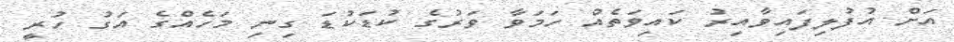
އަށް އުފުލިފައިވާއިރު ކައިވަތެއް ހަމަވާ ވަރުގެ ކުޑަކުޑަ ގިނި މަހެއްގެ އަގު ހުރީ